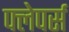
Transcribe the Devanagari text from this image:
फ्लेपर्स